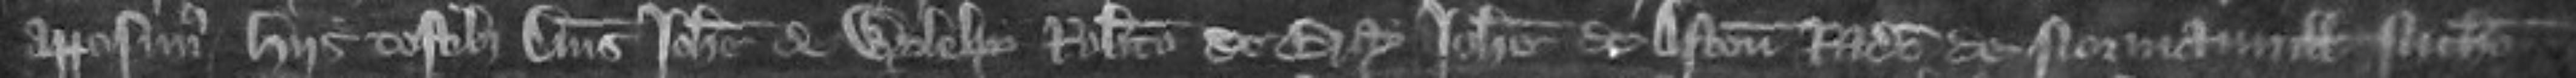
apposuimus hiis testibus Dominis Johanne de Wyleby Roberto de Bray Johanne de Aston Radulpho de Normanvill Nicholao